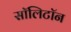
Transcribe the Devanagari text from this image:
सॉलिटॉन